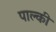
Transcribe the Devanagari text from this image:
पाल्की